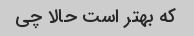
که بهتر است حالا چی